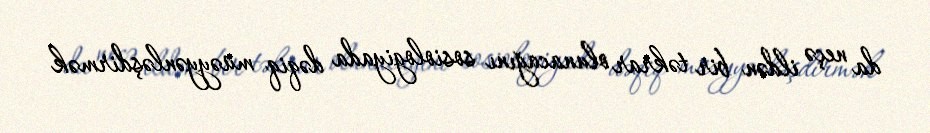
da neçə ildən bir təkrar olunacağını sosiologiyada dəqiq müəyyənləşdirmək